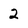
Character: 2